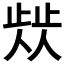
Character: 𣦁